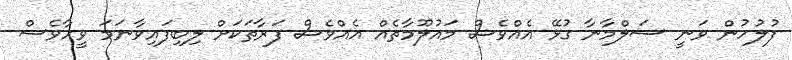
ފުލުހުން ވަނީ ސަލްމާނާ ގުޅޭ އެއްވެސް މައުލޫމާތެއް އެއްވެސް ފަރާތަކަށް ލިބިފައިވާނަމަ ވީހާވެސް